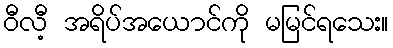
ဝီလီ့ အရိပ်အယောင်ကို မမြင်ရသေး။